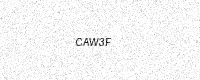
Text: CAW3F